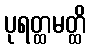
ပုရတ္ထမတ္ထိ